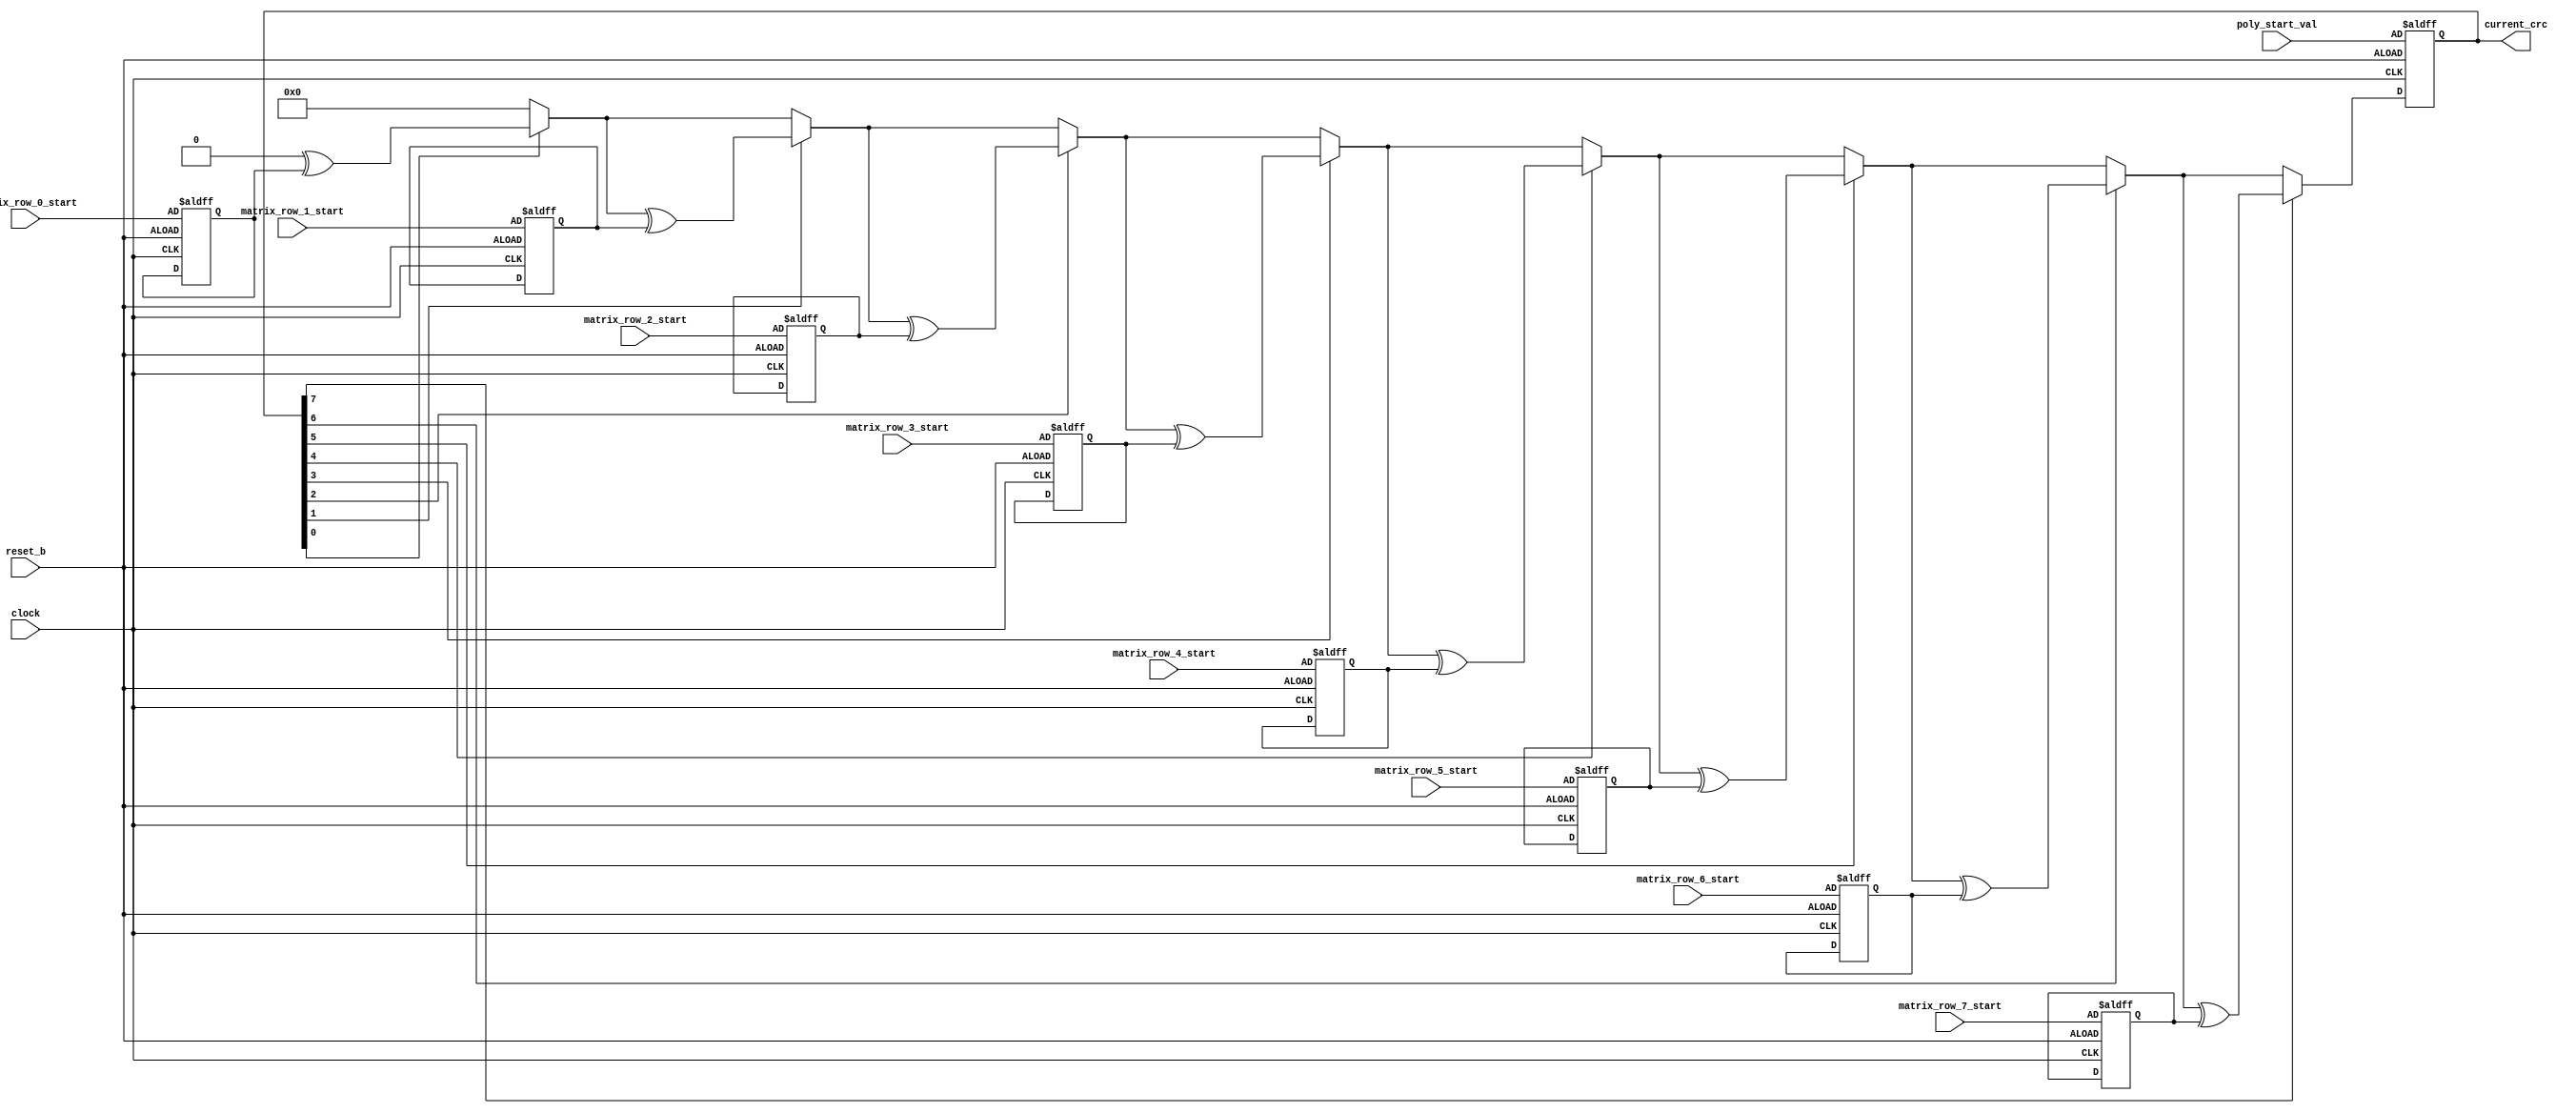
module matrix_crc
(
	input clock,
	input reset_b,
	input [7 : 0] poly_start_val,			//  
	input [7 : 0] matrix_row_0_start,	//   
	input [7 : 0] matrix_row_1_start,
	input [7 : 0] matrix_row_2_start,
	input [7 : 0] matrix_row_3_start,
	input [7 : 0] matrix_row_4_start,
	input [7 : 0] matrix_row_5_start,
	input [7 : 0] matrix_row_6_start,
	input [7 : 0] matrix_row_7_start,
	output reg [7 : 0] current_crc		//  
);
	
// 
reg [7 : 0] matrix_row_0;
reg [7 : 0] matrix_row_1;
reg [7 : 0] matrix_row_2;
reg [7 : 0] matrix_row_3;
reg [7 : 0] matrix_row_4;
reg [7 : 0] matrix_row_5;
reg [7 : 0] matrix_row_6;
reg [7 : 0] matrix_row_7;


reg [7 : 0] next_crc;	//     

always @ (posedge clock, negedge reset_b)
//   
if (~reset_b)
	begin
		current_crc  <= poly_start_val;
		matrix_row_0 <= matrix_row_0_start;
		matrix_row_1 <= matrix_row_1_start;
		matrix_row_2 <= matrix_row_2_start;
		matrix_row_3 <= matrix_row_3_start;
		matrix_row_4 <= matrix_row_4_start;
		matrix_row_5 <= matrix_row_5_start;
		matrix_row_6 <= matrix_row_6_start;
		matrix_row_7 <= matrix_row_7_start;
	end
//  
else begin	
	next_crc = 0;
	
	if (current_crc[0] == 1)
		next_crc = next_crc ^ matrix_row_0;
	if (current_crc[1] == 1)
		next_crc = next_crc ^ matrix_row_1;
	if (current_crc[2] == 1)
		next_crc = next_crc ^ matrix_row_2;
	if (current_crc[3] == 1)
		next_crc = next_crc ^ matrix_row_3;
	if (current_crc[4] == 1)
		next_crc = next_crc ^ matrix_row_4;
	if (current_crc[5] == 1)
		next_crc = next_crc ^ matrix_row_5;
	if (current_crc[6] == 1)
		next_crc = next_crc ^ matrix_row_6;
	if (current_crc[7] == 1)
		next_crc = next_crc ^ matrix_row_7;
		
	current_crc = next_crc;
end

endmodule